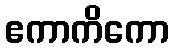
ဧကာကိကော